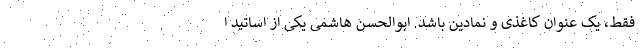
فقط، یک عنوان کاغذی و نمادین باشد. ابوالحسن هاشمی یکی از اساتید ا